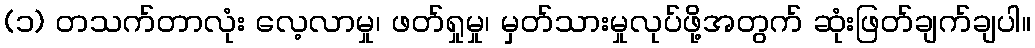
(၁) တသက်တာလုံး လေ့လာမှု၊ ဖတ်ရှုမှု၊ မှတ်သားမှုလုပ်ဖို့အတွက် ဆုံးဖြတ်ချက်ချပါ။